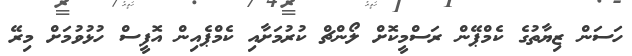
ހަސަން ޒިޔާތުގެ ކެމްޕޭން ރަސްމީކޮށް ލޯންޗް ކުރުމަށާއި ކެމްޕެއިން އޮފީސް ހުޅުވުމަށް މިރޭ